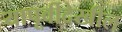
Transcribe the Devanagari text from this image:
यापूर्वीदेखील